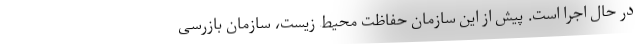
در حال اجرا است. پیش از این سازمان حفاظت محیط زیست، سازمان بازرسی